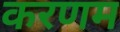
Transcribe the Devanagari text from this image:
करणम